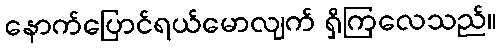
နောက်ပြောင်ရယ်မောလျက် ရှိကြလေသည်။